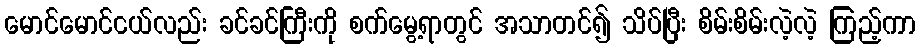
မောင်မောင်ငယ်လည်း ခင်ခင်ကြီးကို စက်မွေ့ရာတွင် အသာတင်၍ သိပ်ပြီး စိမ်းစိမ်းလဲ့လဲ့ ကြည့်ကာ